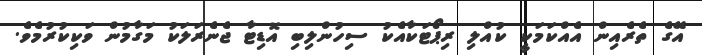
އޭގެ ތެރެއިން އެއްކަމަކީ ކުއްލި ރިޕޯޓަކާއެކު ސިހުންލިބި އޮޑިޓާ ޖެނެރަލަކު މަގާމުން ވަކިކުރުމެވެ.